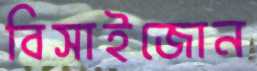
বিসাইজোন